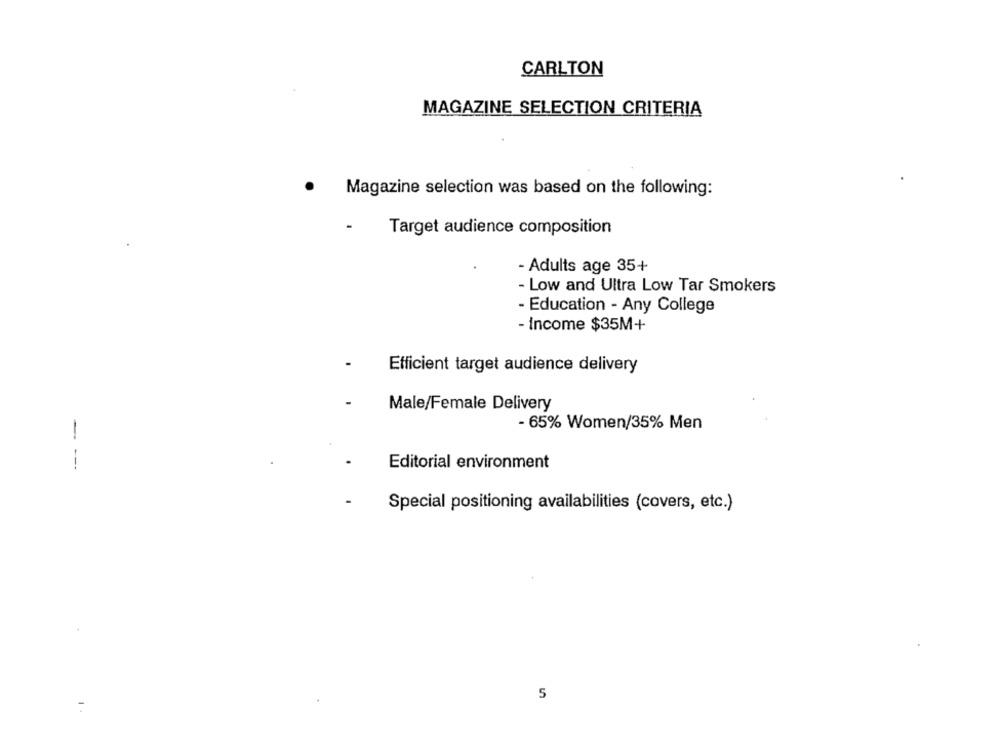
CARLTON
MAGAZINE SELECTION CRITERIA
Magazine selection was based on the following:
Target audience composition
- Adults age 35+
- Low and Ultra Low Tar Smokers
- Education - Any College
- Income $35M+
Efficient target audience delivery
Male/Female Delivery
- 65% Women/35% Men
- --
Editorial environment
Special positioning availabilities (covers, etc.)
5